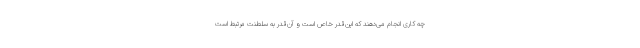
چه کاری انجام می‌دهند که این‌قدر خاص است و آن‌قدر به سلطنت مرتبط است